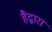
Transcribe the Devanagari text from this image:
हैद्वारा